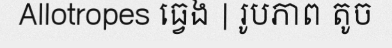
Allotropes ធ្វេង | រូបភាព តូច